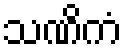
သဏိကံ